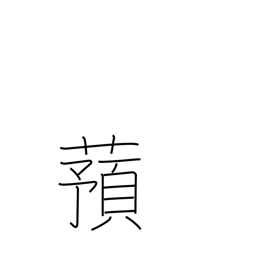
Meaning: yam